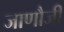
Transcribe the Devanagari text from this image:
जाणौजी